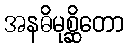
အနဓိမုစ္ဆိတော